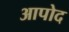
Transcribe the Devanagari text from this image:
आपोद